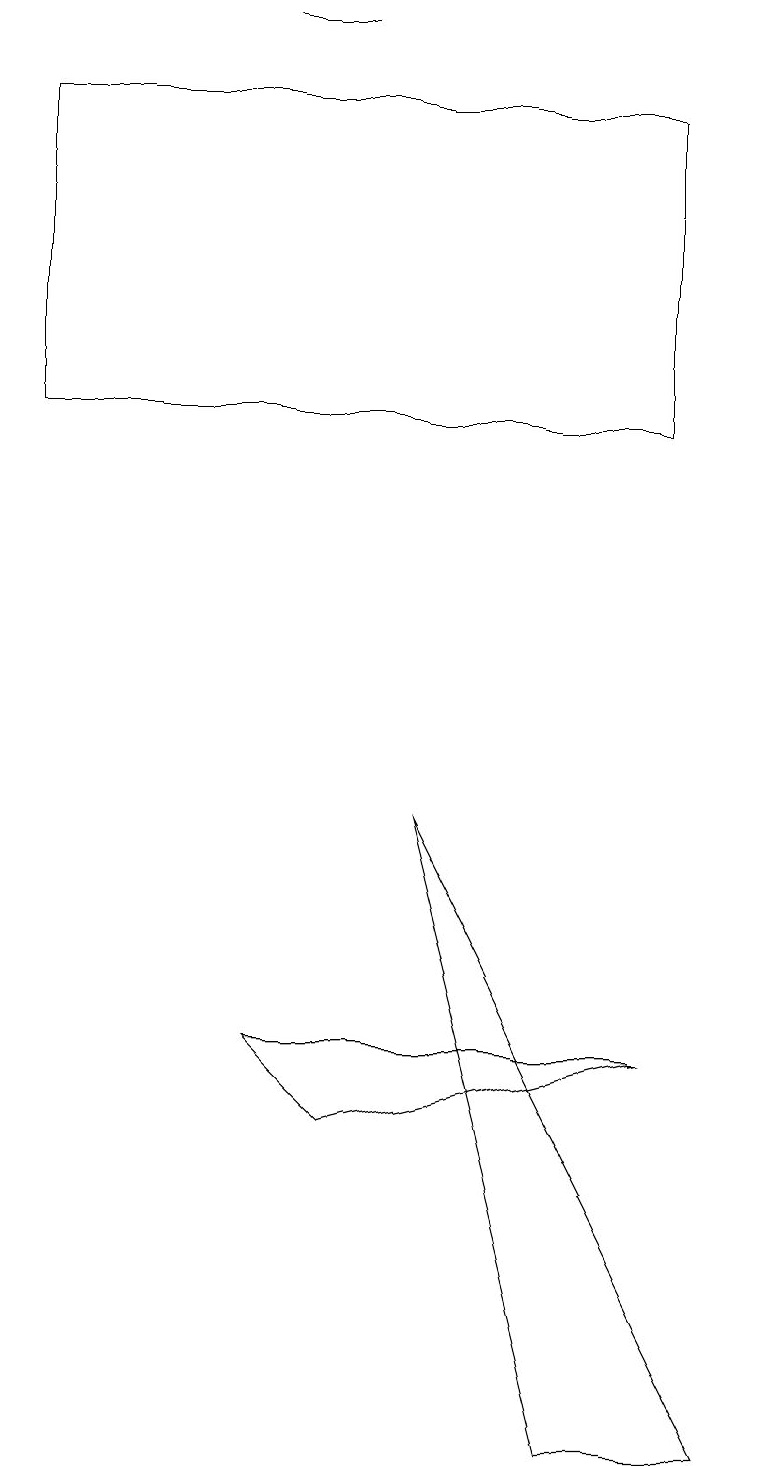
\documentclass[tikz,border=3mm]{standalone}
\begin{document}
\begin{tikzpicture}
\draw (4,5) -- (8,6) -- (3,6) -- cycle;
\draw (3,19) rectangle (4,19);
\draw (7,1) -- (9,1) -- (5,9) -- cycle;
\draw (8,18) rectangle (0,14);
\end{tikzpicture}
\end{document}